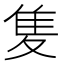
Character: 𨾏